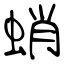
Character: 蛸